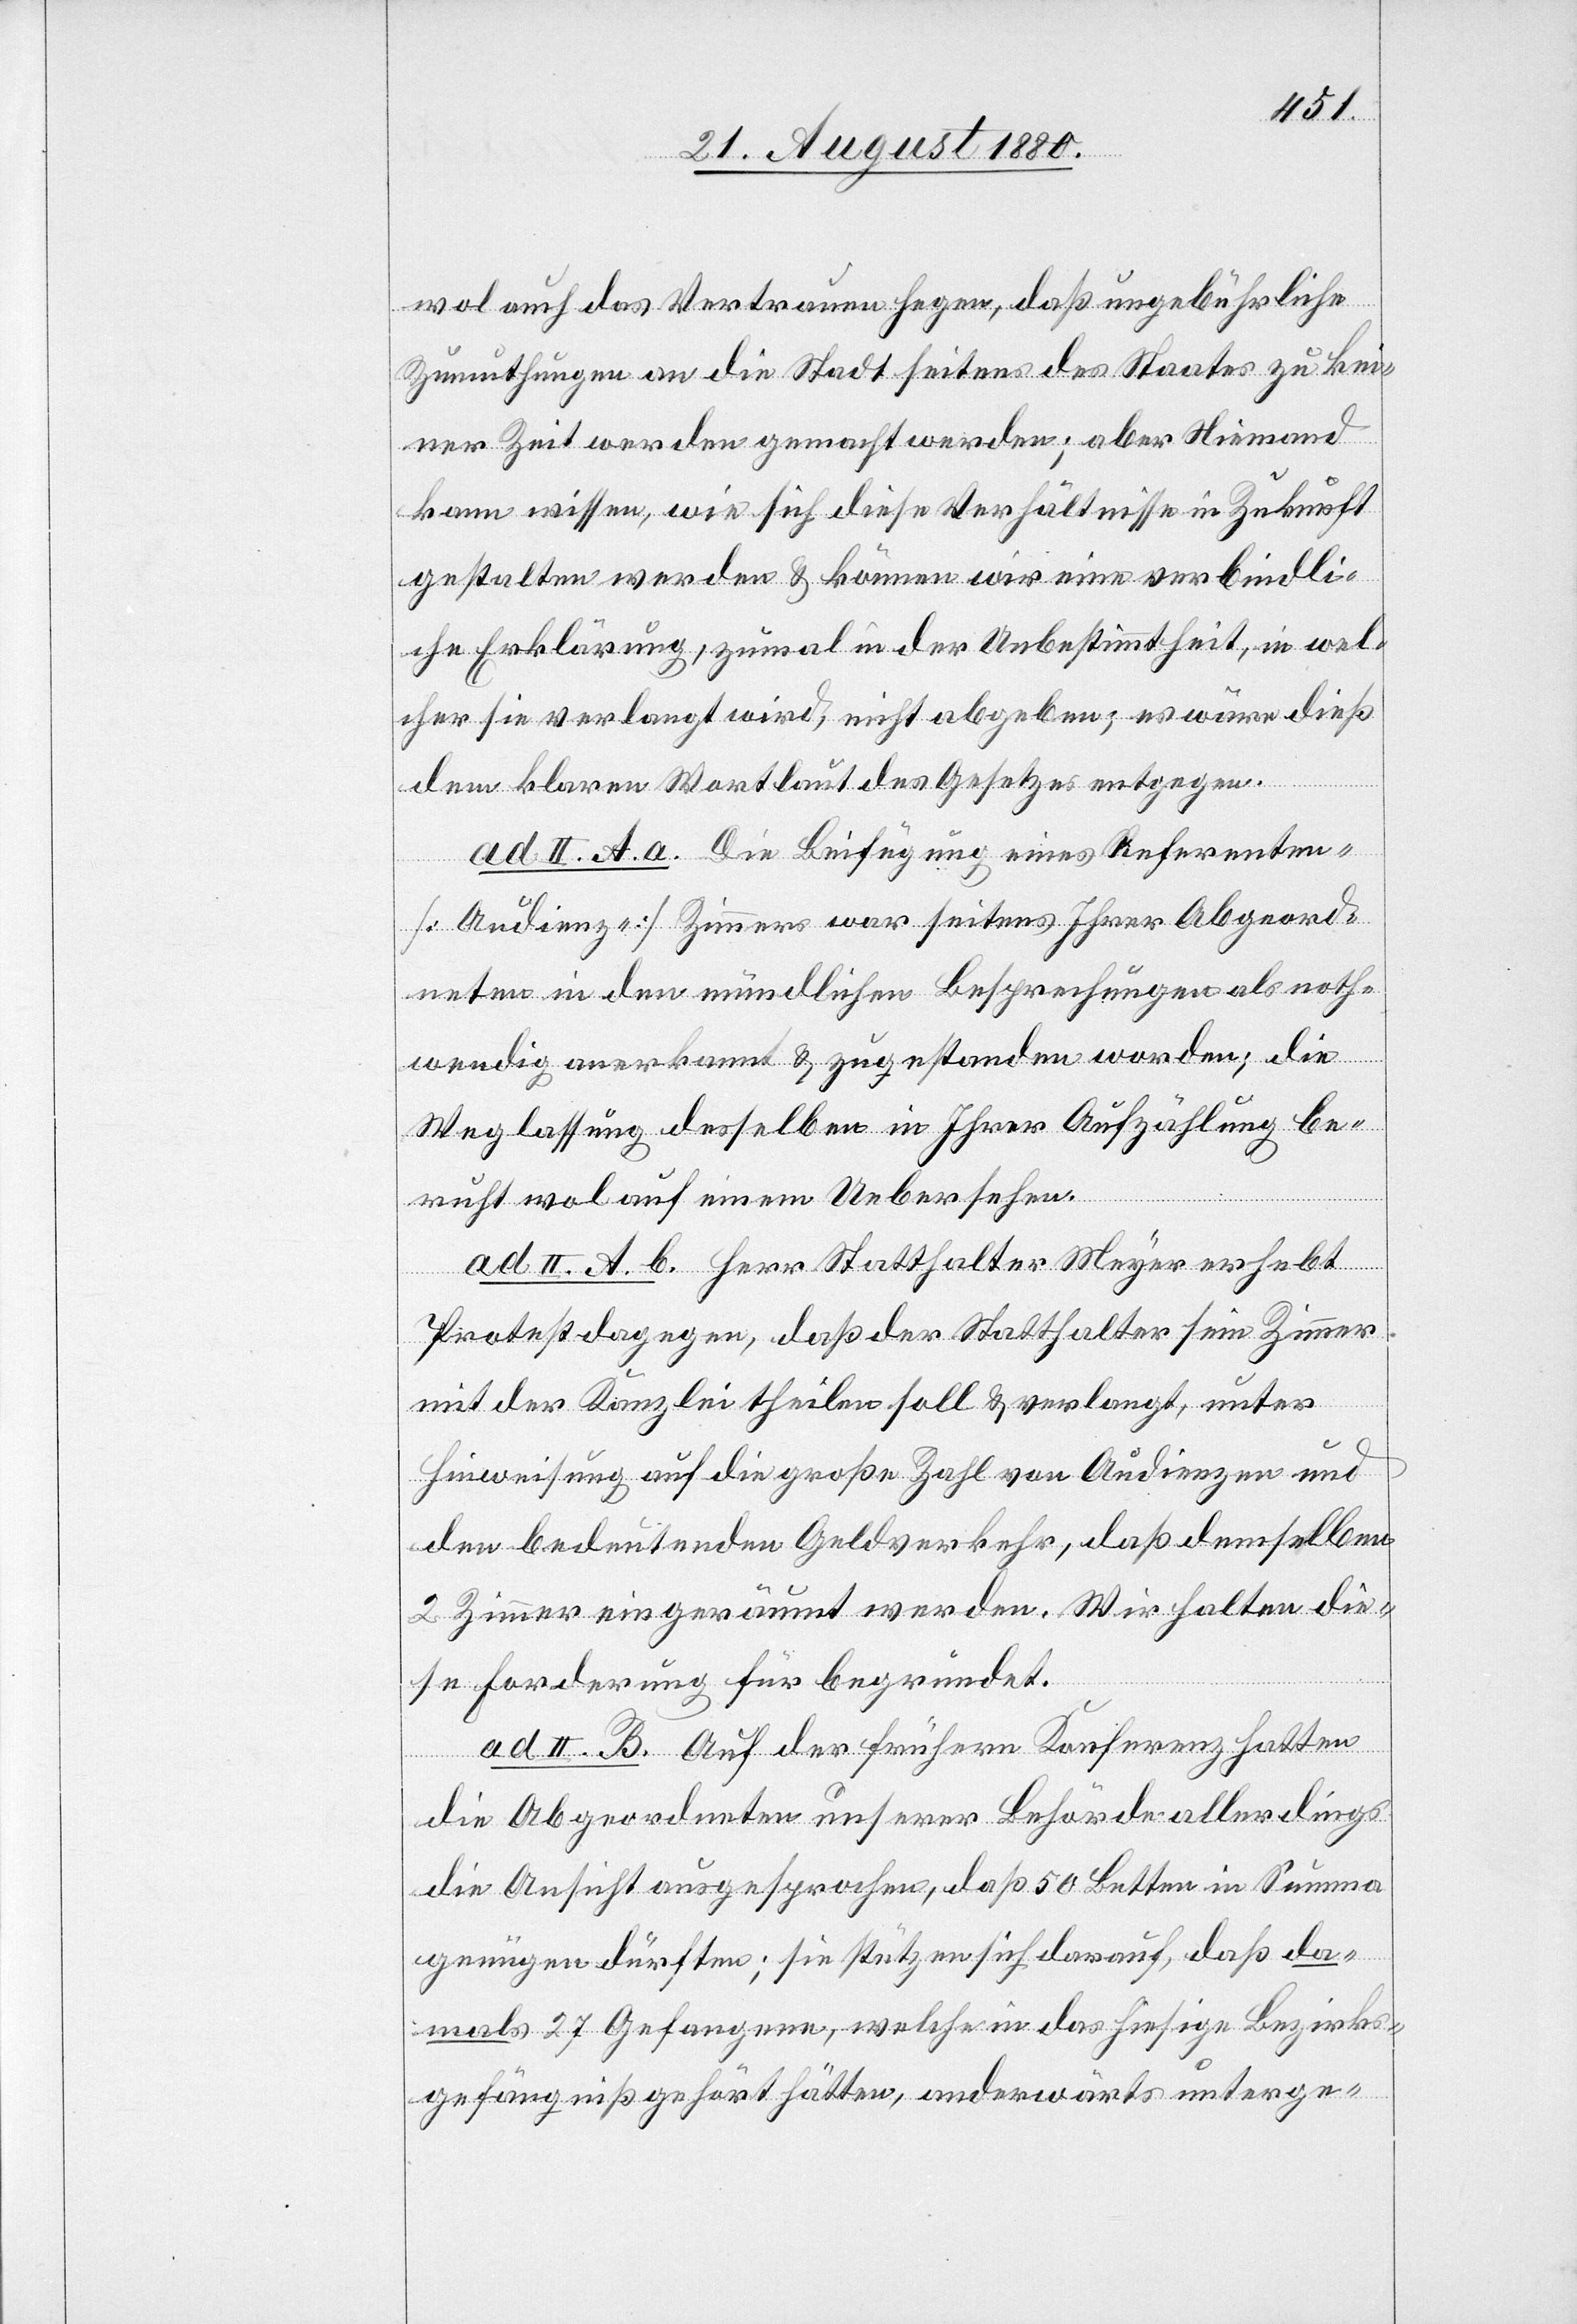
wol auch das Vertrauen hegen, daß ungebührliche
Zumuthungen an die Stadt seitens des Staates zu kei¬
ner Zeit werden gemacht werden; aber Niemand
kann wissen, wie sich diese Verhältnisse in Zukunft
gestalten werden & können wir eine verbindli¬
che Erklärung, zumal in der Unbestimmtheit, in wel¬
cher sie verlangt wird, nicht abgeben; es wäre dieß
dem klaren Wortlaut des Gesetzes entgegen.
ad II. A. a. Die Beifügung eines Referenten-
[Audienz] Zimmers war seitens Ihrer Abgeord¬
neten in den mündlichen Besprechungen als noth¬
wendig anerkannt & zugestanden worden; die
Weglassung desselben in Ihrer Aufzählung be¬
ruht wol auf einem Uebersehen.
ad II. A. b. Herr Statthalter Meyer erhebt
Protest dagegen, daß der Statthalter sein Zimmer
mit der Kanzlei theilen soll & verlangt, unter
Hinweisung auf die große Zahl von Audienzen und
den bedeutenden Geldverkehr, daß demselben
2 Zimmer eingeräumt werden. Wir halten die¬
se Forderung für begründet.
ad II. B. Auf der früheren Konferenz hatten
die Abgeordneten unserer Behörde allerdings
die Ansicht ausgesprochen, daß 50 Betten in Summa
genügen dürften; sie stützen sich darauf, daß da¬
mals 27 Gefangene, welche in das hiesige Bezirks¬
gefängniß gehört hätten, anderwärts unterge-